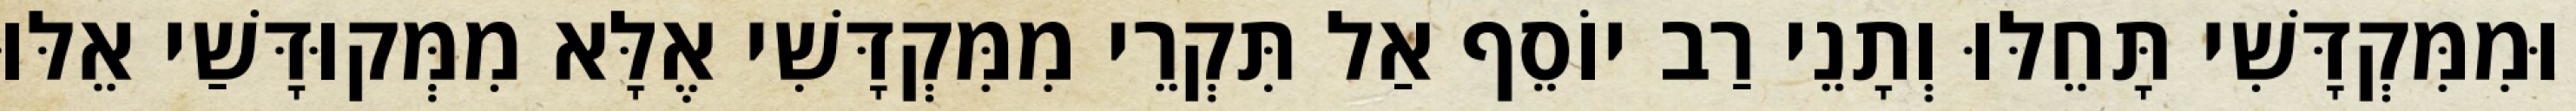
וּמִמִּקְדָּשִׁי תָּחֵלּוּ וְתָנֵי רַב יוֹסֵף אַל תִּקְרֵי מִמִּקְדָּשִׁי אֶלָּא מִמְּקוּדָּשַׁי אֵלּוּ